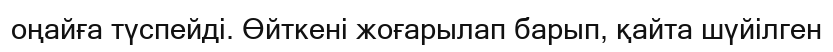
оңайға түспейді. Өйткені жоғарылап барып, қайта шүйілген